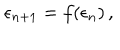
LaTeX: \epsilon _ { n + 1 } = f ( \epsilon _ { n } ) \, ,